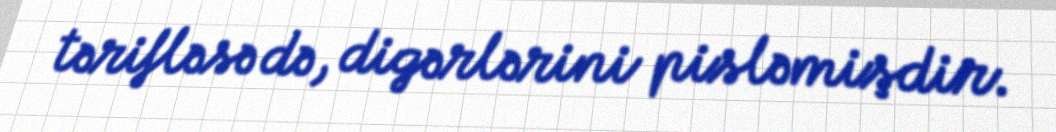
tərifləsə də, digərlərini pisləmişdir.